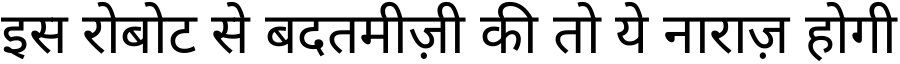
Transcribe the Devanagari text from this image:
इस रोबोट से बदतमीज़ी की तो ये नाराज़ होगी